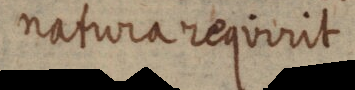
natura requirit